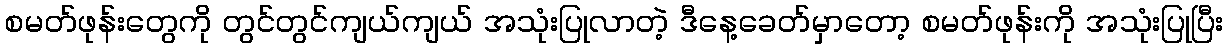
စမတ်ဖုန်းတွေကို တွင်တွင်ကျယ်ကျယ် အသုံးပြုလာတဲ့ ဒီနေ့ခေတ်မှာတော့ စမတ်ဖုန်းကို အသုံးပြုပြီး